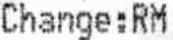
CHANGE:RM